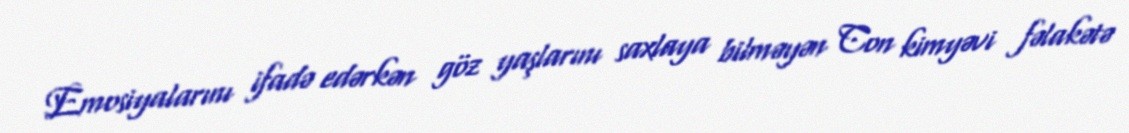
Emosiyalarını ifadə edərkən göz yaşlarını saxlaya bilməyən Con kimyəvi fəlakətə